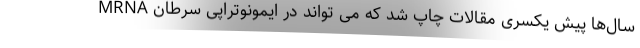
MRNA سال‌ها پیش یکسری مقالات چاپ شد که می تواند در ایمونوتراپی سرطان